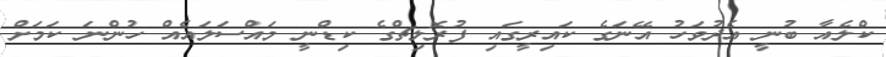
ކްލެއާ ބުނީ އެދުވަހު އޭނަގެ ކައިރީގައި ފުރޮލިޗްގެ ކިޑްނީ މައްސަލައެއް ހުންނަ ކަމަށް